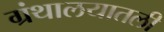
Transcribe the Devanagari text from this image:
ग्रंथालयातली